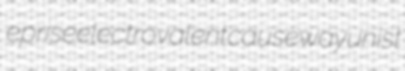
eprise electrovalent causeway unist